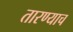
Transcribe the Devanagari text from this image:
तारण्याच